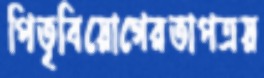
পিতৃবিয়োগেরতাপত্রয়